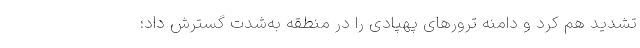
تشدید هم کرد و دامنه ‌ترورهای پهپادی را در منطقه به‌شدت گسترش داد؛